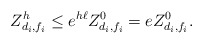
\begin{align*} Z^h_{d_i,f_i}\le e^{h\ell}Z^0_{d_i,f_i}=e Z^0_{d_i,f_i}. \end{align*}